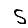
Digit: 5